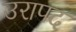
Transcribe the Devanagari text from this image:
उरापद